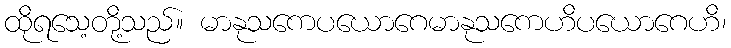
ထိုရသေ့တို့သည်။ မာနုသကေပယောဂေမာနုသကေဟိပယောဂေဟိ၊